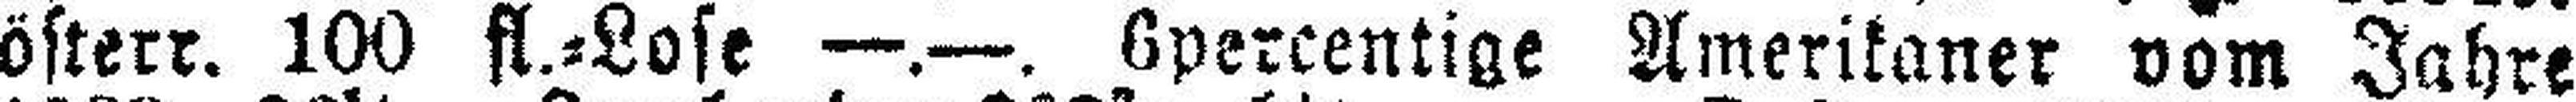
öfterr. 100 fl.=Lose —.—. 6percentige Amerikaner vom Jahre